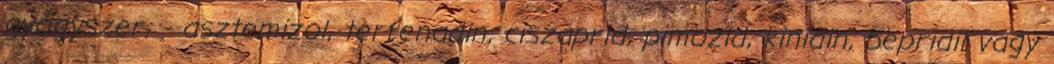
gyógyszer; - asztemizol, terfenadin, ciszaprid, pimozid, kinidin, bepridil vagy